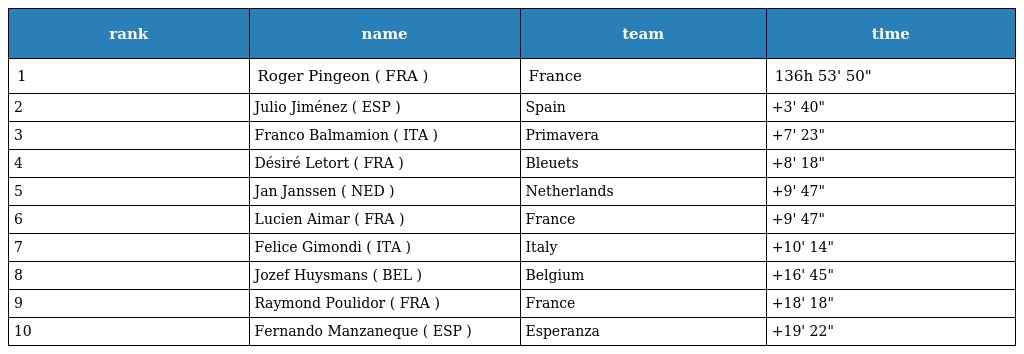
| rank | name | team | time |
 | --- | --- | --- | --- |
 | 1 | Roger Pingeon ( FRA ) | France | 136h 53' 50" |
 | 2 | Julio Jiménez ( ESP ) | Spain | +3' 40" |
 | 3 | Franco Balmamion ( ITA ) | Primavera | +7' 23" |
 | 4 | Désiré Letort ( FRA ) | Bleuets | +8' 18" |
 | 5 | Jan Janssen ( NED ) | Netherlands | +9' 47" |
 | 6 | Lucien Aimar ( FRA ) | France | +9' 47" |
 | 7 | Felice Gimondi ( ITA ) | Italy | +10' 14" |
 | 8 | Jozef Huysmans ( BEL ) | Belgium | +16' 45" |
 | 9 | Raymond Poulidor ( FRA ) | France | +18' 18" |
 | 10 | Fernando Manzaneque ( ESP ) | Esperanza | +19' 22" |